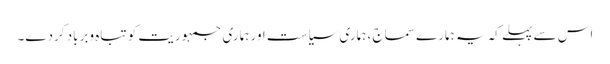
اس سے پہلے کہ یہ ہمارے سماج ، ہماری سیاست اور ہماری جمہوریت کو تباہ وبرباد کردے۔